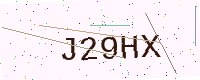
Text: J29HX